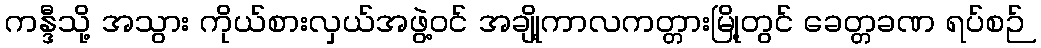
ကန္ဒီသို့ အသွား ကိုယ်စားလှယ်အဖွဲ့ဝင် အချို့ကာလကတ္တားမြို့တွင် ခေတ္တခဏ ရပ်စဉ်